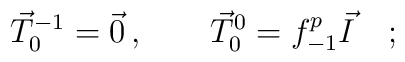
\vec T_0^{-1}=\vec 0\, ,\qquad\vec T_0^0=f_{-1}^p \vec I\quad;